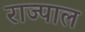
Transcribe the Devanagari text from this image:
राज्पाल